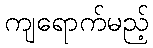
ကျရောက်မည့်